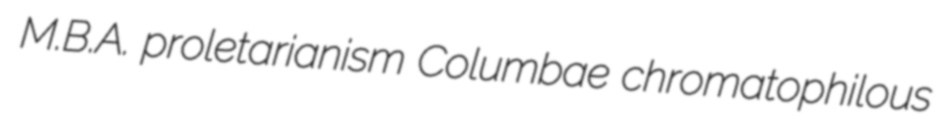
M.B.A. proletarianism Columbae chromatophilous